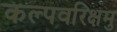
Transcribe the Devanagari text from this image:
कल्पवरिक्षमु